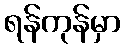
ရန်ကုန်မှာ